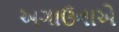
અગાઉનાએ